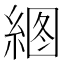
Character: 𰫫